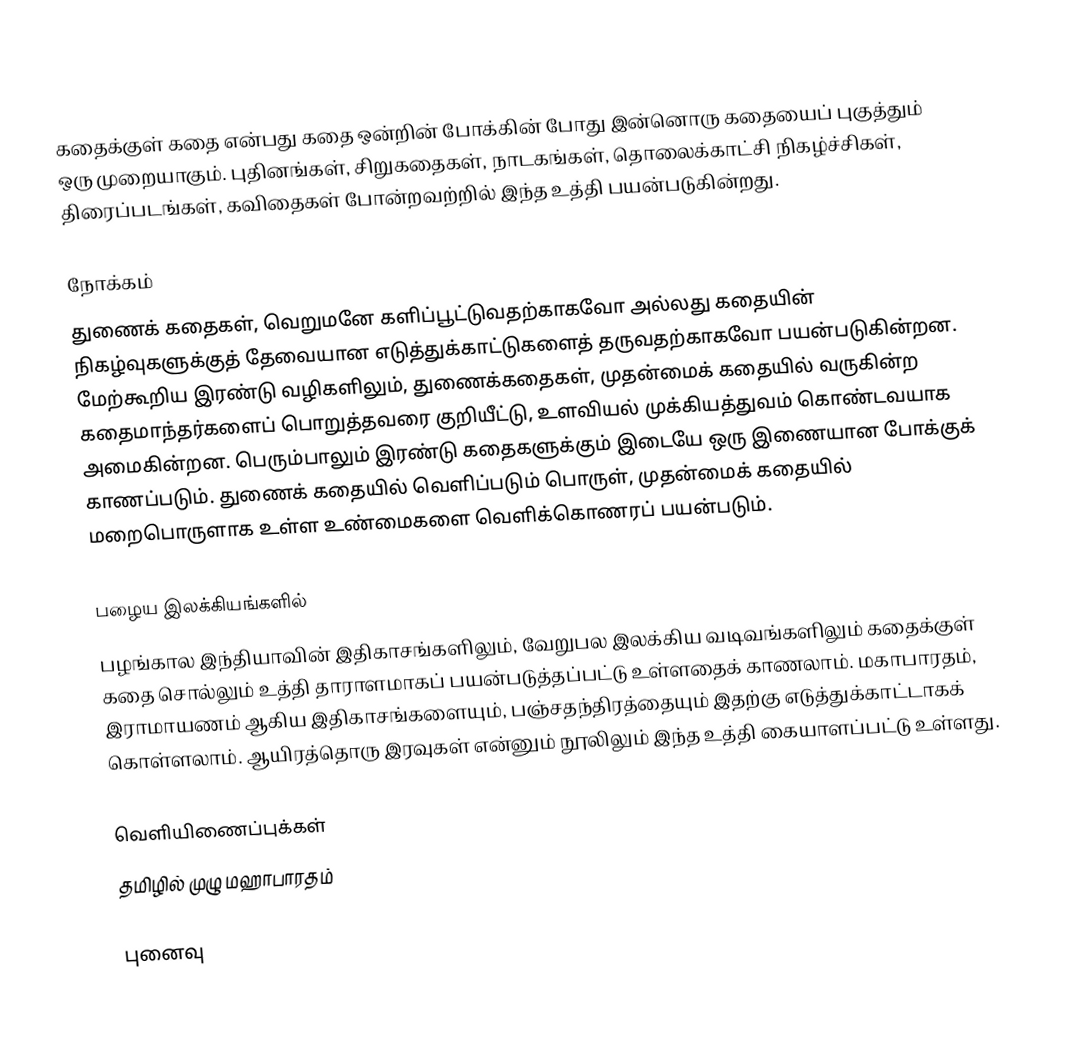
கதைக்குள் கதை என்பது கதை ஒன்றின் போக்கின் போது இன்னொரு கதையைப் புகுத்தும் ஒரு முறையாகும். புதினங்கள், சிறுகதைகள், நாடகங்கள், தொலைக்காட்சி நிகழ்ச்சிகள், திரைப்படங்கள், கவிதைகள் போன்றவற்றில் இந்த உத்தி பயன்படுகின்றது.

நோக்கம்
துணைக் கதைகள், வெறுமனே களிப்பூட்டுவதற்காகவோ அல்லது கதையின் நிகழ்வுகளுக்குத் தேவையான எடுத்துக்காட்டுகளைத் தருவதற்காகவோ பயன்படுகின்றன. மேற்கூறிய இரண்டு வழிகளிலும், துணைக்கதைகள், முதன்மைக் கதையில் வருகின்ற கதைமாந்தர்களைப் பொறுத்தவரை குறியீட்டு, உளவியல் முக்கியத்துவம் கொண்டவயாக அமைகின்றன. பெரும்பாலும் இரண்டு கதைகளுக்கும் இடையே ஒரு இணையான போக்குக் காணப்படும். துணைக் கதையில் வெளிப்படும் பொருள், முதன்மைக் கதையில் மறைபொருளாக உள்ள உண்மைகளை வெளிக்கொணரப் பயன்படும்.

பழைய இலக்கியங்களில்
பழங்கால இந்தியாவின் இதிகாசங்களிலும், வேறுபல இலக்கிய வடிவங்களிலும் கதைக்குள் கதை சொல்லும் உத்தி தாராளமாகப் பயன்படுத்தப்பட்டு உள்ளதைக் காணலாம். மகாபாரதம், இராமாயணம் ஆகிய இதிகாசங்களையும், பஞ்சதந்திரத்தையும் இதற்கு எடுத்துக்காட்டாகக் கொள்ளலாம். ஆயிரத்தொரு இரவுகள் என்னும் நூலிலும் இந்த உத்தி கையாளப்பட்டு உள்ளது.

வெளியிணைப்புக்கள்
 தமிழில் முழு மஹாபாரதம்

புனைவு